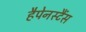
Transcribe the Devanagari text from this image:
हैपेनस्टैंस